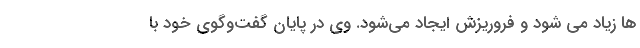
ها زیاد می شود و فروریزش ایجاد می‌شود. وی در پایان گفت‌وگوی خود با